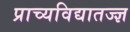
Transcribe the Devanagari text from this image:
प्राच्यविद्यातज्ज्ञ